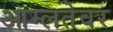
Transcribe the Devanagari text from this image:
आम्लतेवर